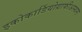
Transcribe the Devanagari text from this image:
इकोकार्डियोग्राफीअस्थमा